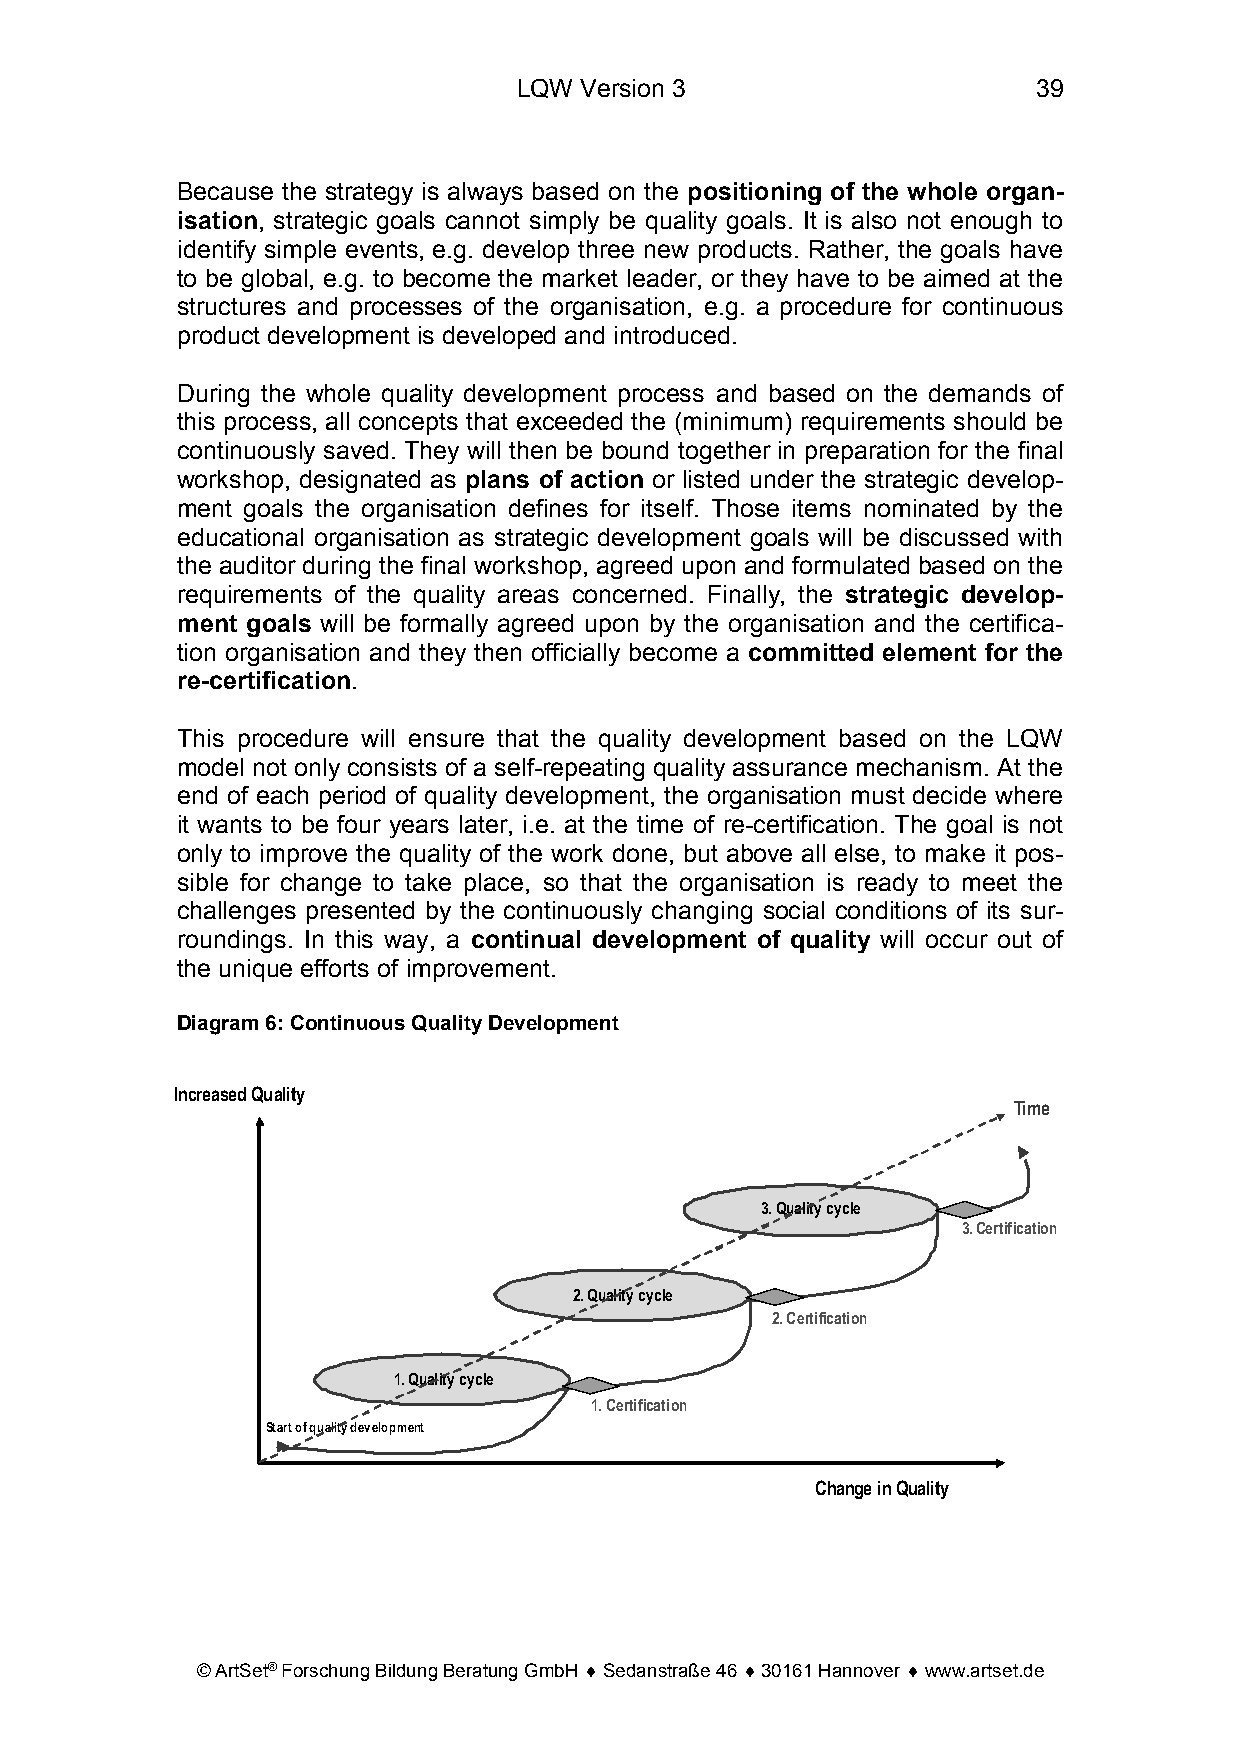
LQW Version 3                      39
 Because the strategy is always based on the positioning of the whole organ-
 isation, strategic goals cannot simply be quality goals. It is also not enough to
 identify simple events, e.g. develop three new products. Rather, the goals have
 to be global, e.g. to become the market leader, or they have to be aimed at the
 structures and processes of the organisation, e.g. a procedure for continuous
 product development is developed and introduced.
 During the whole quality development process and based on the demands of
 this process, all concepts that exceeded the (minimum) requirements should be
 continuously saved. They will then be bound together in preparation for the final
 workshop, designated as plans of action or listed under the strategic develop-
 ment goals the organisation defines for itself. Those items nominated by the
 educational organisation as strategic development goals will be discussed with
 the auditor during the final workshop, agreed upon and formulated based on the
 requirements of the quality areas concerned. Finally, the strategic develop-
 ment goals will be formally agreed upon by the organisation and the certifica-
 tion organisation and they then officially become a committed element for the
 re-certification.
 This procedure will ensure that the quality development based on the LQW
 model not only consists of a self-repeating quality assurance mechanism. At the
 end of each period of quality development, the organisation must decide where
 it wants to be four years later, i.e. at the time of re-certification. The goal is not
 only to improve the quality of the work done, but above all else, to make it pos-
 sible for change to take place, so that the organisation is ready to meet the
 challenges presented by the continuously changing social conditions of its sur-
 roundings. In this way, a continual development of quality will occur out of
 the unique efforts of improvement.
 Diagram 6: Continuous Quality Development
 IncreasedQuality
 Time
 3. Qualitycycle
 3. Certification
 2. Qualitycycle
 2. Certification
 1. Qualitycycle
 1. Certification
 Start of qualitydevelopment
 Change in Quality
 © ArtSet® Forschung Bildung Beratung GmbH ♦ Sedanstraße 46 ♦ 30161 Hannover ♦ www.artset.de